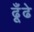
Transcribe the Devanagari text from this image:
ढूँढे